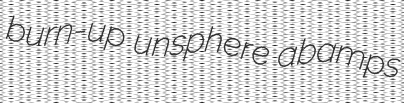
burn-up unsphere abamps